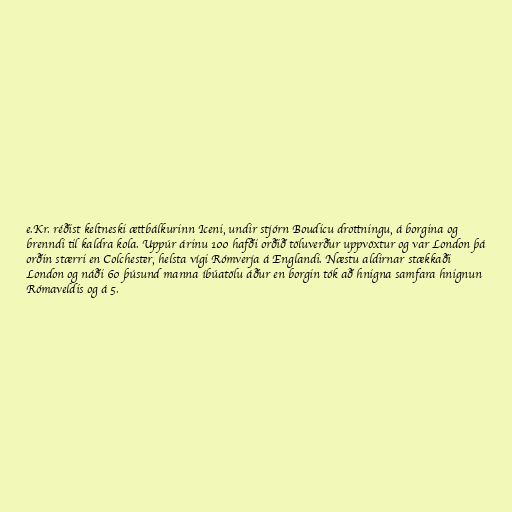
e.Kr. réðist keltneski ættbálkurinn Iceni, undir stjórn Boudicu drottningu, á borgina og
brenndi til kaldra kola. Uppúr árinu 100 hafði orðið töluverður uppvöxtur og var London þá
orðin stærri en Colchester, helsta vígi Rómverja á Englandi. Næstu aldirnar stækkaði
London og náði 60 þúsund manna íbúatölu áður en borgin tók að hnigna samfara hnignun
Rómaveldis og á 5.